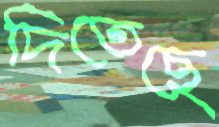
দিতেছে